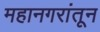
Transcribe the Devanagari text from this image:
महानगरांतून